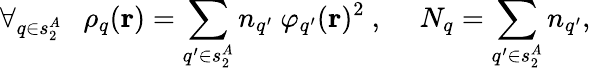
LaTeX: \forall_{q\in s_{2}^{A}}\ \ \ \rho_{q}(\mathbf{r})=\sum_{q^{\prime}\in s_{2}^{A}}n_{q^{\prime}}\ \varphi_{q^{\prime}}(\mathbf{r})^{2}\ ,\ \ \ \ \ N_{q}=\sum_{q^{\prime}\in s_{2}^{A}}n_{q^{\prime}},